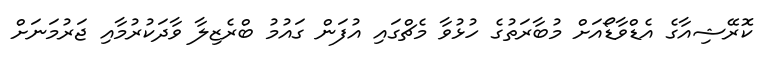
ކޮރޭޝިއާގެ އެޑްވާޑޯއަށް މުބާރަތުގެ ހުޅުވާ މެޗްގައި އުފަން ގައުމު ބްރެޒިލާ ވާދަކުރުމާއި ޖަރުމަނަށް